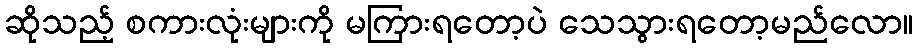
ဆိုသည့် စကားလုံးများကို မကြားရတော့ပဲ သေသွားရတော့မည်လော။